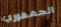
الجمهوري